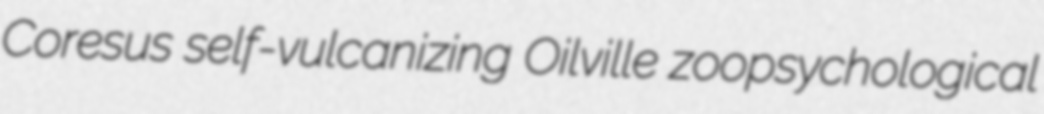
Coresus self-vulcanizing Oilville zoopsychological